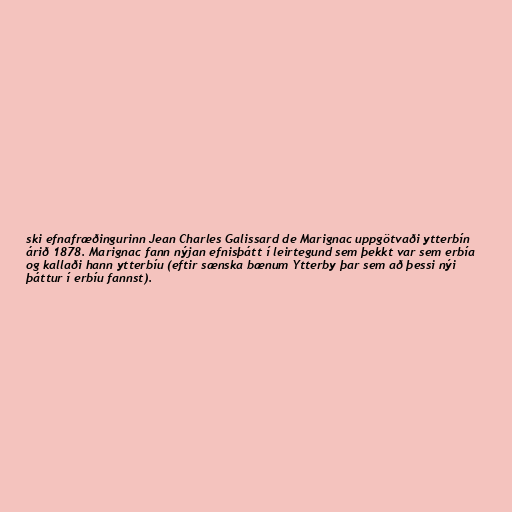
ski efnafræðingurinn Jean Charles Galissard de Marignac uppgötvaði ytterbín
árið 1878. Marignac fann nýjan efnisþátt í leirtegund sem þekkt var sem erbía
og kallaði hann ytterbíu (eftir sænska bænum Ytterby þar sem að þessi nýi
þáttur í erbíu fannst).